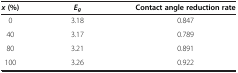
<table><thead><tr><td><b><i>x </i>(%)</b></td><td><b><i>E</i><sub><i>g</i></sub></b></td><td><b>Contact angle reduction rate</b></td></tr></thead><tbody><tr><td>0</td><td>3.18</td><td>0.847</td></tr><tr><td>40</td><td>3.17</td><td>0.789</td></tr><tr><td>80</td><td>3.21</td><td>0.891</td></tr><tr><td>100</td><td>3.26</td><td>0.922</td></tr></tbody></table>